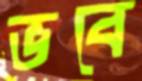
ভবে